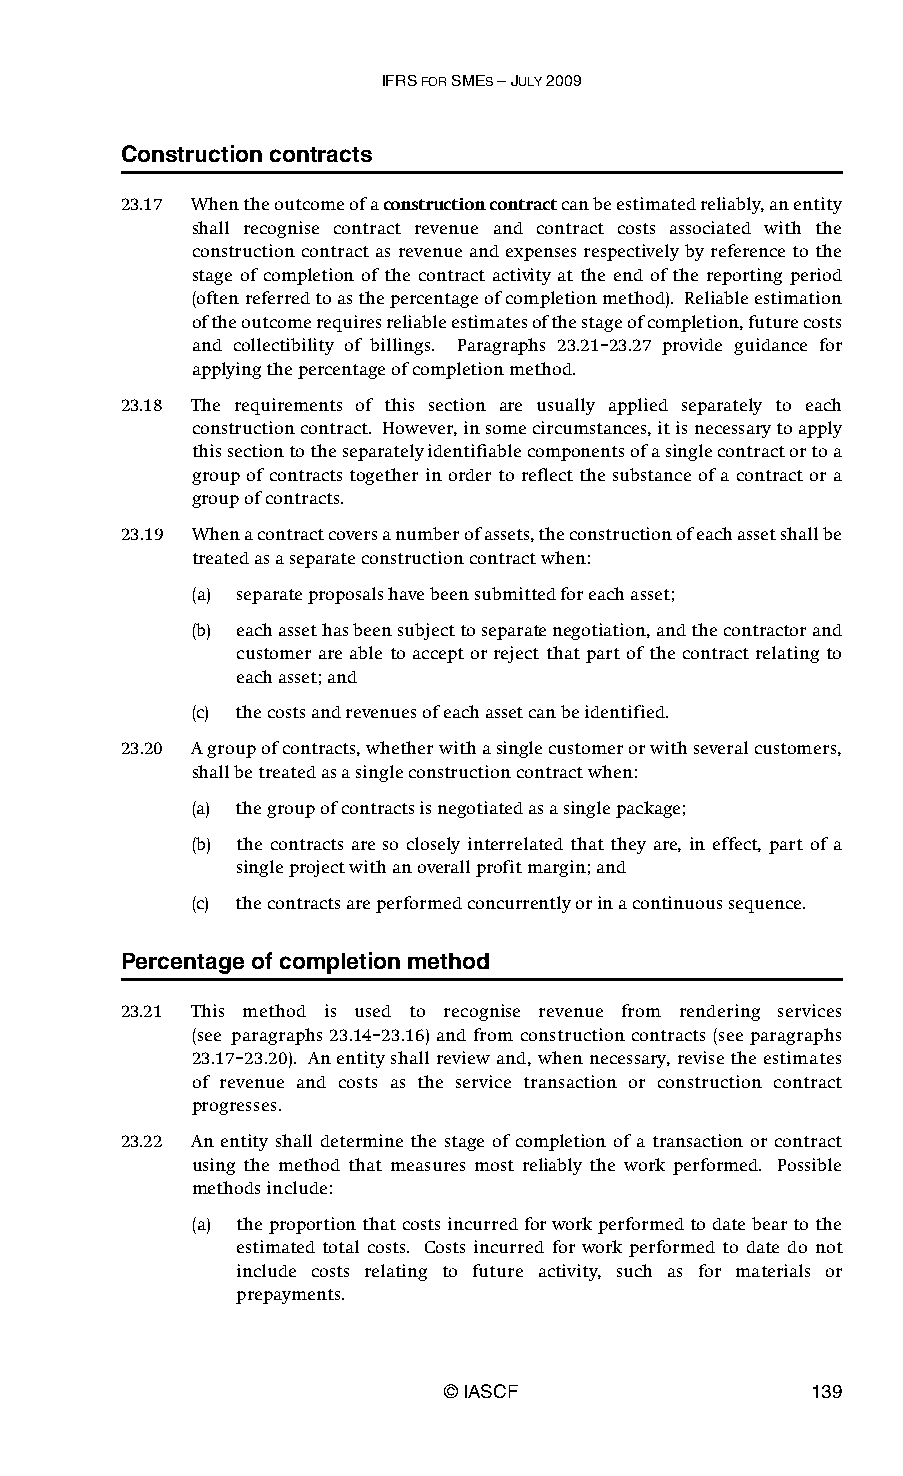
IFRS FOR SMES – JULY 2009
 Construction contracts
 23.17 When the outcome of a construction contract can be estimated reliably, an entity
 shall recognise contract revenue and contract costs associated with the
 construction contract as revenue and expenses respectively by reference to the
 stage of completion of the contract activity at the end of the reporting period
 (often referred to as the percentage of completion method). Reliable estimation
 of the outcome requires reliable estimates of the stage of completion, future costs
 and collectibility of billings. Paragraphs 23.21–23.27 provide guidance for
 applying the percentage of completion method.
 23.18 The requirements of this section are usually applied separately to each
 construction contract. However, in some circumstances, it is necessary to apply
 this section to the separately identifiable components of a single contract or to a
 group of contracts together in order to reflect the substance of a contract or a
 group of contracts.
 23.19 When a contract covers a number of assets, the construction of each asset shall be
 treated as a separate construction contract when:
 (a) separate proposals have been submitted for each asset;
 (b) each asset has been subject to separate negotiation, and the contractor and
 customer are able to accept or reject that part of the contract relating to
 each asset; and
 (c) the costs and revenues of each asset can be identified.
 23.20 A group of contracts, whether with a single customer or with several customers,
 shall be treated as a single construction contract when:
 (a) the group of contracts is negotiated as a single package;
 (b) the contracts are so closely interrelated that they are, in effect, part of a
 single project with an overall profit margin; and
 (c) the contracts are performed concurrently or in a continuous sequence.
 Percentage of completion method
 23.21 This method is used to recognise revenue from rendering services
 (see paragraphs 23.14–23.16) and from construction contracts (see paragraphs
 23.17–23.20). An entity shall review and, when necessary, revise the estimates
 of revenue and costs as the service transaction or construction contract
 progresses.
 23.22 An entity shall determine the stage of completion of a transaction or contract
 using the method that measures most reliably the work performed. Possible
 methods include:
 (a) the proportion that costs incurred for work performed to date bear to the
 estimated total costs. Costs incurred for work performed to date do not
 include costs relating to future activity, such as for materials or
 prepayments.
 © IASCF                 139